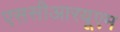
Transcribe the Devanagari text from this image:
एससीआरयूएम